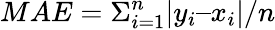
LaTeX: MAE=\Sigma_{i=1}^{n}|y_{i}–x_{i}|/n